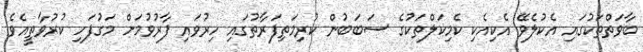
ބާވަތްތަކުގައި އެކުލެވޭ އެކިއެކި ކެމިކަލްތަކުގެ ސަބަބުން ކުރިމަތިފަރާތުގައި ހިރުވައި ފާރުވުމަށް މަގުފަހި ކުރުވާތީއެވެ.